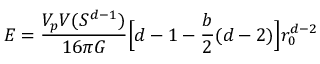
E = \frac { V _ { p } V ( S ^ { d - 1 } ) } { 1 6 \pi G } \Big [ d - 1 - \frac { b } { 2 } ( d - 2 ) \Big ] r _ { 0 } ^ { d - 2 }